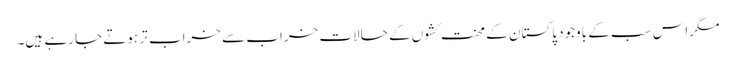
مگر اس سب کے باوجود پاکستان کے محنت کشوں کے حالات خراب سے خراب تر ہوتے جا رہے ہیں۔